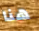
هنا